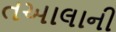
તઆલાની